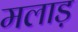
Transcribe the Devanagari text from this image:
मलाड़